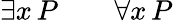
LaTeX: \exists{x}\, P\qquad\forall{x}\, P